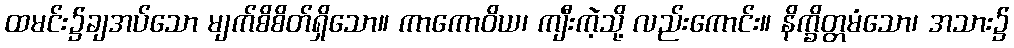
ထမင်း၌ချအပ်သော မျက်စိစိတ်ရှိသော။ ကာကောဝိယ၊ ကျီးကဲ့သို့ လည်းကောင်း။ နိက္ခိတ္တမံသော၊ အသား၌